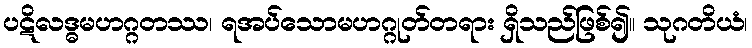
ပဋိလဒ္ဓမဟဂ္ဂတဿ၊ ရအပ်သောမဟဂ္ဂုတ်တရား ရှိသည်ဖြစ်၍။ သုဂတိယံ၊